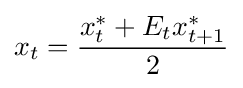
x_{t}={\frac {x_{t}^{*}+E_{t}x_{t+1}^{*}}{2}}